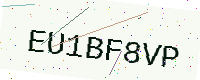
Text: EU1BF8VP